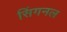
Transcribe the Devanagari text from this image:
सिंगनल